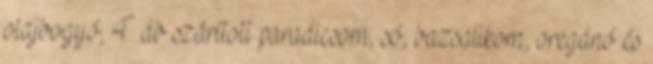
olajbogyó, 4 db szárított paradicsom, só, bazsalikom, oregánó és